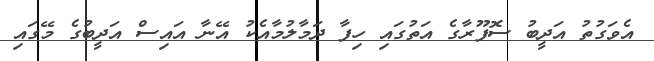
އެވަގުތު އަދީބު ސޮފޫރާގެ އަތުގައި ހިފާ ދަމާލުމާއެކު އޭނާ އައިސް އަދީބުގެ މޭގައި